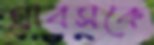
গ্রাবসকে